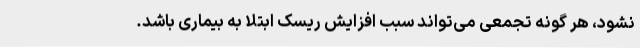
نشود، هر گونه تجمعی می‌تواند سبب افزایش ریسک ابتلا به بیماری باشد.